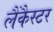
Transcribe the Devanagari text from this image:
लैंकैस्टर